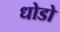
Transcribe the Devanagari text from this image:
धोडो